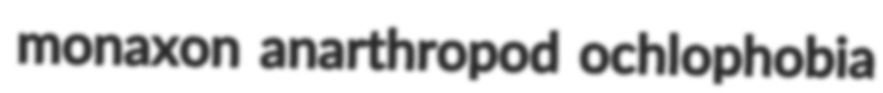
monaxon anarthropod ochlophobia